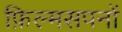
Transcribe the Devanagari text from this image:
फ़िल्मसपनों